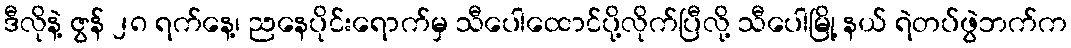
ဒီလိုနဲ့ ဇွန် ၂၈ ရက်နေ့၊ ညနေပိုင်းရောက်မှ သီပေါထောင်ပို့လိုက်ပြီလို့ သီပေါမြို့ နယ် ရဲတပ်ဖွဲဘက်က